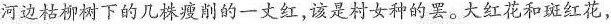
河边枯柳树下的几株瘦削的一丈红，该是村女种的罢。大红花和斑红花，